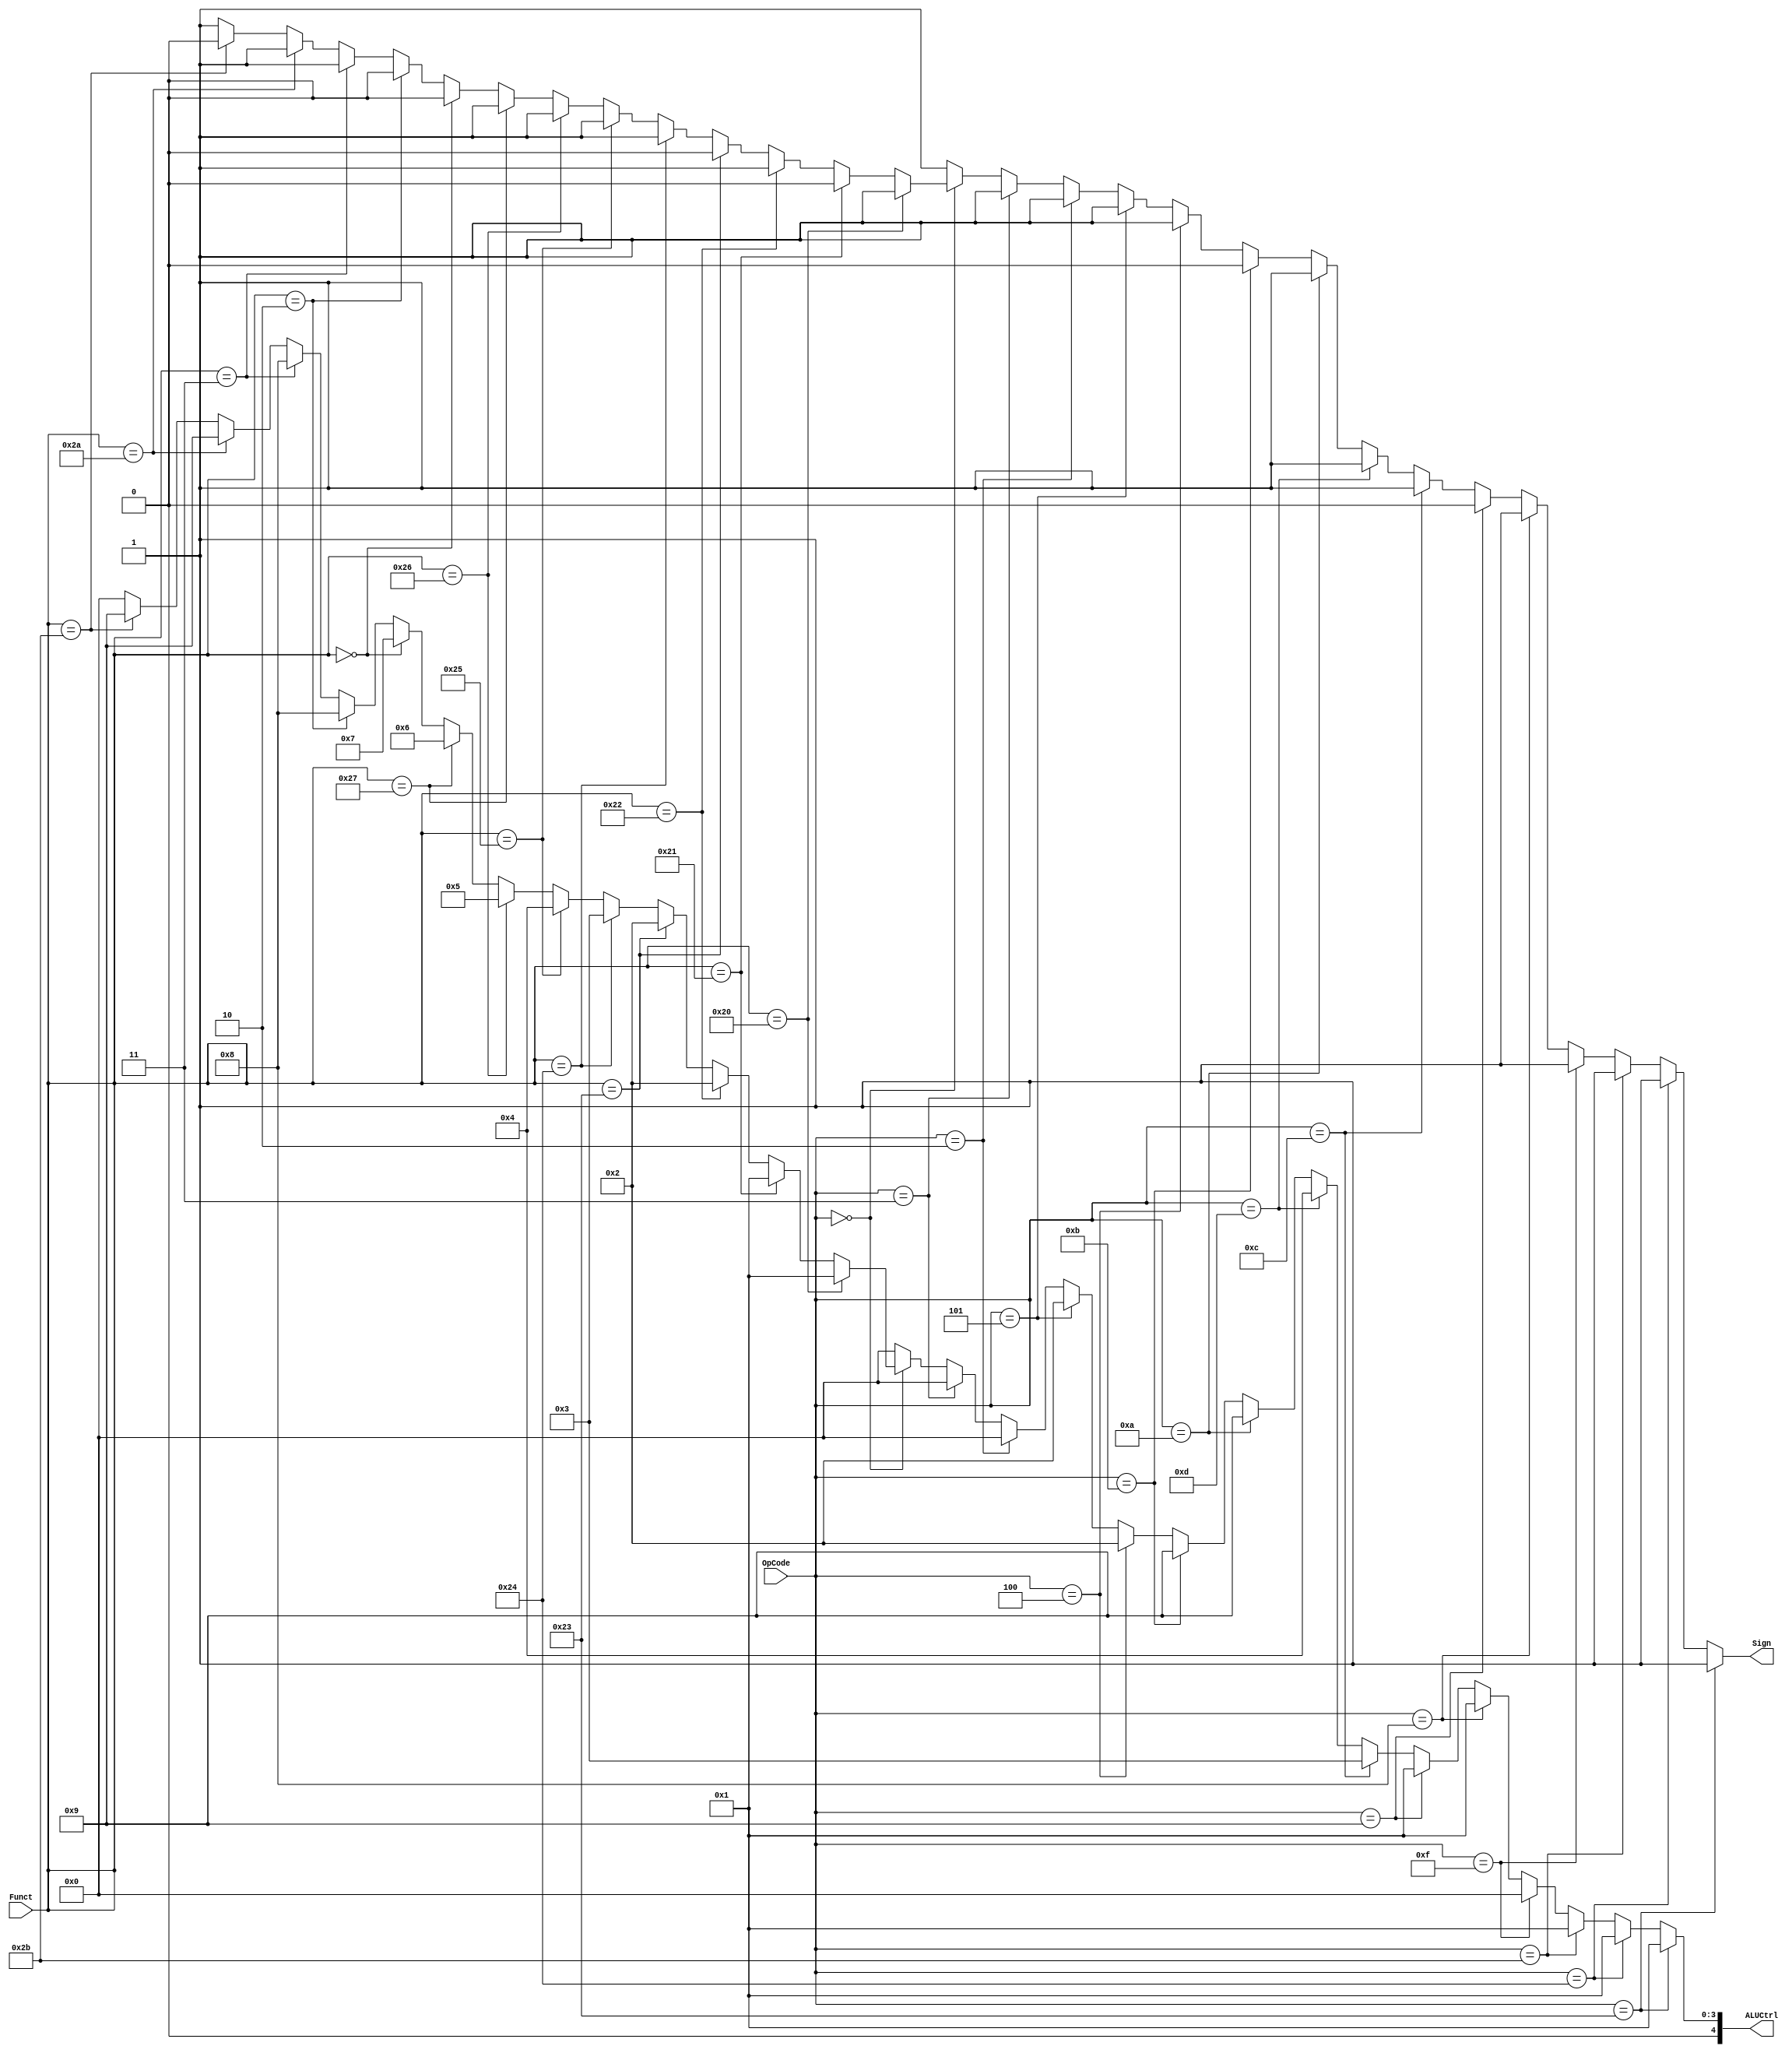
module ALUControl(OpCode, Funct, ALUCtrl, Sign);
	input [5:0] OpCode;
	input [5:0] Funct;
	output [4:0] ALUCtrl;
	output Sign;
	
	// Your code below

	assign ALUCtrl=(OpCode==6'b10_0011)?(5'h1)://lw
				   (OpCode==6'b10_0100)?(5'h1)://lbu
				   (OpCode==6'b10_1011)?(5'h1)://sw
				   (OpCode==6'b00_1111)?(5'h0)://lui
				   (OpCode==6'b00_1000)?(5'h1)://addi
				   (OpCode==6'b00_1001)?(5'h1)://addiu
				   (OpCode==6'b00_1100)?(5'h3)://andi
				   (OpCode==6'b00_1101)?(5'h4)://ori
				   (OpCode==6'b00_1010)?(5'h9)://slti
				   (OpCode==6'b00_1011)?(5'h9)://sltiu
				   (OpCode==6'b00_0100)?(5'h2)://beq
				   (OpCode==6'b00_0101)?(5'h2)://bne
				   (OpCode==6'b00_0010)?(5'h0)://j
				   (OpCode==6'b00_0011)?(5'h0)://jal
				   (OpCode==6'b0)?(
						(Funct==6'b10_0000)?(5'h1)://add
						(Funct==6'b10_0001)?(5'h1)://addu
						(Funct==6'b10_0010)?(5'h2)://sub
						(Funct==6'b10_0011)?(5'h2)://subu
						(Funct==6'b10_0100)?(5'h3)://and
						(Funct==6'b10_0101)?(5'h4)://or
						(Funct==6'b10_0110)?(5'h5)://xor
						(Funct==6'b10_0111)?(5'h6)://nor
						(Funct==6'b0)?(5'h7)://sll
						(Funct==6'b00_0010)?(5'h8)://srl
						(Funct==6'b00_0011)?(5'h8)://sra
						(Funct==6'b10_1010)?(5'h9)://slt
						(Funct==6'b10_1011)?(5'h9)://sltu
						(Funct==6'b00_1000)?(5'h0)://jr
						(Funct==6'b00_1001)?(5'h0)://jalr
						5'b0
						):5'b0;
	assign Sign=(OpCode==6'b10_0011)?(1):
				(OpCode==6'b10_0100)?(1)://lbu
			    (OpCode==6'b10_1011)?(1):
			    (OpCode==6'b00_1111)?(1):
			    (OpCode==6'b00_1000)?(1):
			    (OpCode==6'b00_1001)?(0):
			    (OpCode==6'b00_1100)?(1):
				(OpCode==6'b00_1101)?(1)://ori
			    (OpCode==6'b00_1010)?(1):
			    (OpCode==6'b00_1011)?(0):
			    (OpCode==6'b00_0100)?(1):
				(OpCode==6'b00_0101)?(1)://bne
			    (OpCode==6'b00_0010)?(1):
			    (OpCode==6'b00_0011)?(1):
			    (OpCode==6'b0)?(
					(Funct==6'b10_0000)?(1):
					(Funct==6'b10_0001)?(0):
					(Funct==6'b10_0010)?(1):
					(Funct==6'b10_0011)?(0):
					(Funct==6'b10_0100)?(1):
					(Funct==6'b10_0101)?(1):
					(Funct==6'b10_0110)?(1):
					(Funct==6'b10_0111)?(1):
					(Funct==6'b0)?(0):
					(Funct==6'b00_0010)?(0):
					(Funct==6'b00_0011)?(1):
					(Funct==6'b10_1010)?(1):
					(Funct==6'b10_1011)?(0):
					(Funct==6'b00_1000)?(1):
					(Funct==6'b00_1001)?(1):1
					):1;
	     
	// Your code above

endmodule